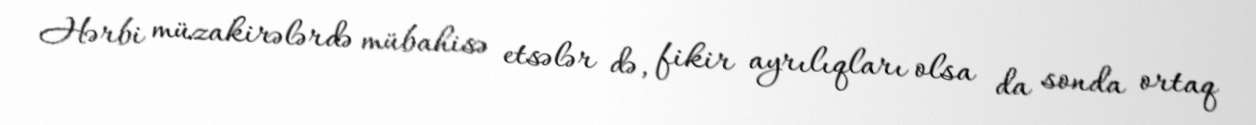
Hərbi müzakirələrdə mübahisə etsələr də, fikir ayrılıqları olsa da sonda ortaq